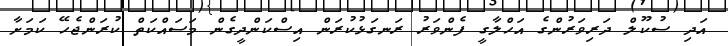
އަދި ސުކޫލް ދަރިވަރުންގެ އަހްލާގީ ފެންވަރު ރަނގަޅުކުރަން އިސްކަންދީގެން މަސައްކަތް ކުރަންޖެހޭ ކަމަށާ